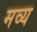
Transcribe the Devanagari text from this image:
मव्य